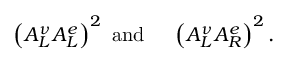
\left( A _ { L } ^ { \nu } A _ { L } ^ { e } \right) ^ { 2 } \mathrm { ~ a n d ~ \thinspace ~ \thinspace ~ } \left( A _ { L } ^ { \nu } A _ { R } ^ { e } \right) ^ { 2 } .